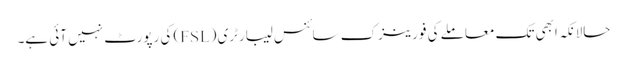
حالانکہ ابھی تک معاملے کی فورینزک سائنس لیبارٹری (FSL) کی رپورٹ نہیں آئی ہے۔